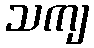
သကျ